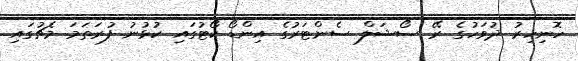
ހޮނިހިރު ދުވަހުގެ ރޭ ސޯޝަލް ސެންޓަރުގެ އިންޑޯ ކޯޓުގައި ކުޅުނު ފުރަތަމަ މެޗުގައި